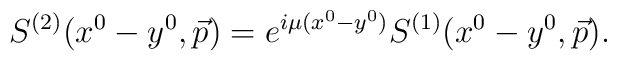
S^{(2)} (x^0 - y^0, \vec{p}) = e^{i \mu (x^0 - y^0)} S^{(1)} (x^0 - y^0, \vec{p}) .